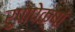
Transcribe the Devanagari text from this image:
रुपापेक्षां